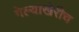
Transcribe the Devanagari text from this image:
गेल्याखेरीच